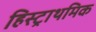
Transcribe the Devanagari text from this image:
हिस्ट्राथमिक